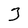
Character: 3